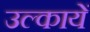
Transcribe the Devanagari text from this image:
उल्कायें